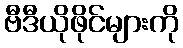
ဗီဒီယိုဖိုင်များကို